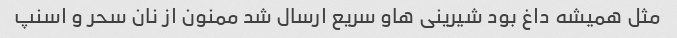
مثل همیشه داغ بود شیرینی هاو سریع ارسال شد ممنون از نان سحر و اسنپ